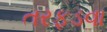
તરફડવા